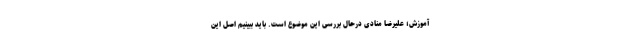
آموزش؛ علیرضا منادی درحال بررسی این موضوع است. باید ببینیم اصل این